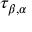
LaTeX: \tau _ { \beta , \alpha }